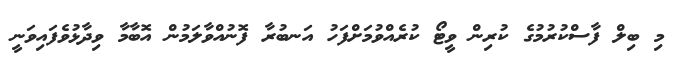
މި ބިލް ފާސްކުރުމުގެ ކުރިން ވީޓޯ ކުރެއްވުމަށްފަހު އަނބުރާ ފޮނުއްވާލަމުން އޮބާމާ ވިދާޅުވެފައިވަނީ